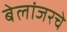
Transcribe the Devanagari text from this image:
बेलांजरचे